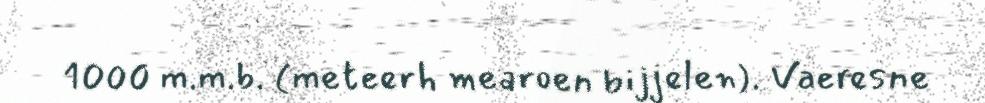
1000 m.m.b. (meteerh mearoen bijjelen). Vaeresne